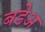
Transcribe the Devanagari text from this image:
बडेअ